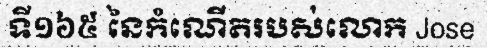
ទី១៦៥ នៃកំណើតរបស់លោក Jose